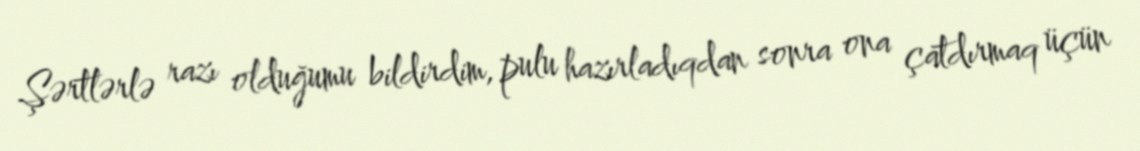
Şərtlərlə razı olduğumu bildirdim, pulu hazırladıqdan sonra ona çatdırmaq üçün